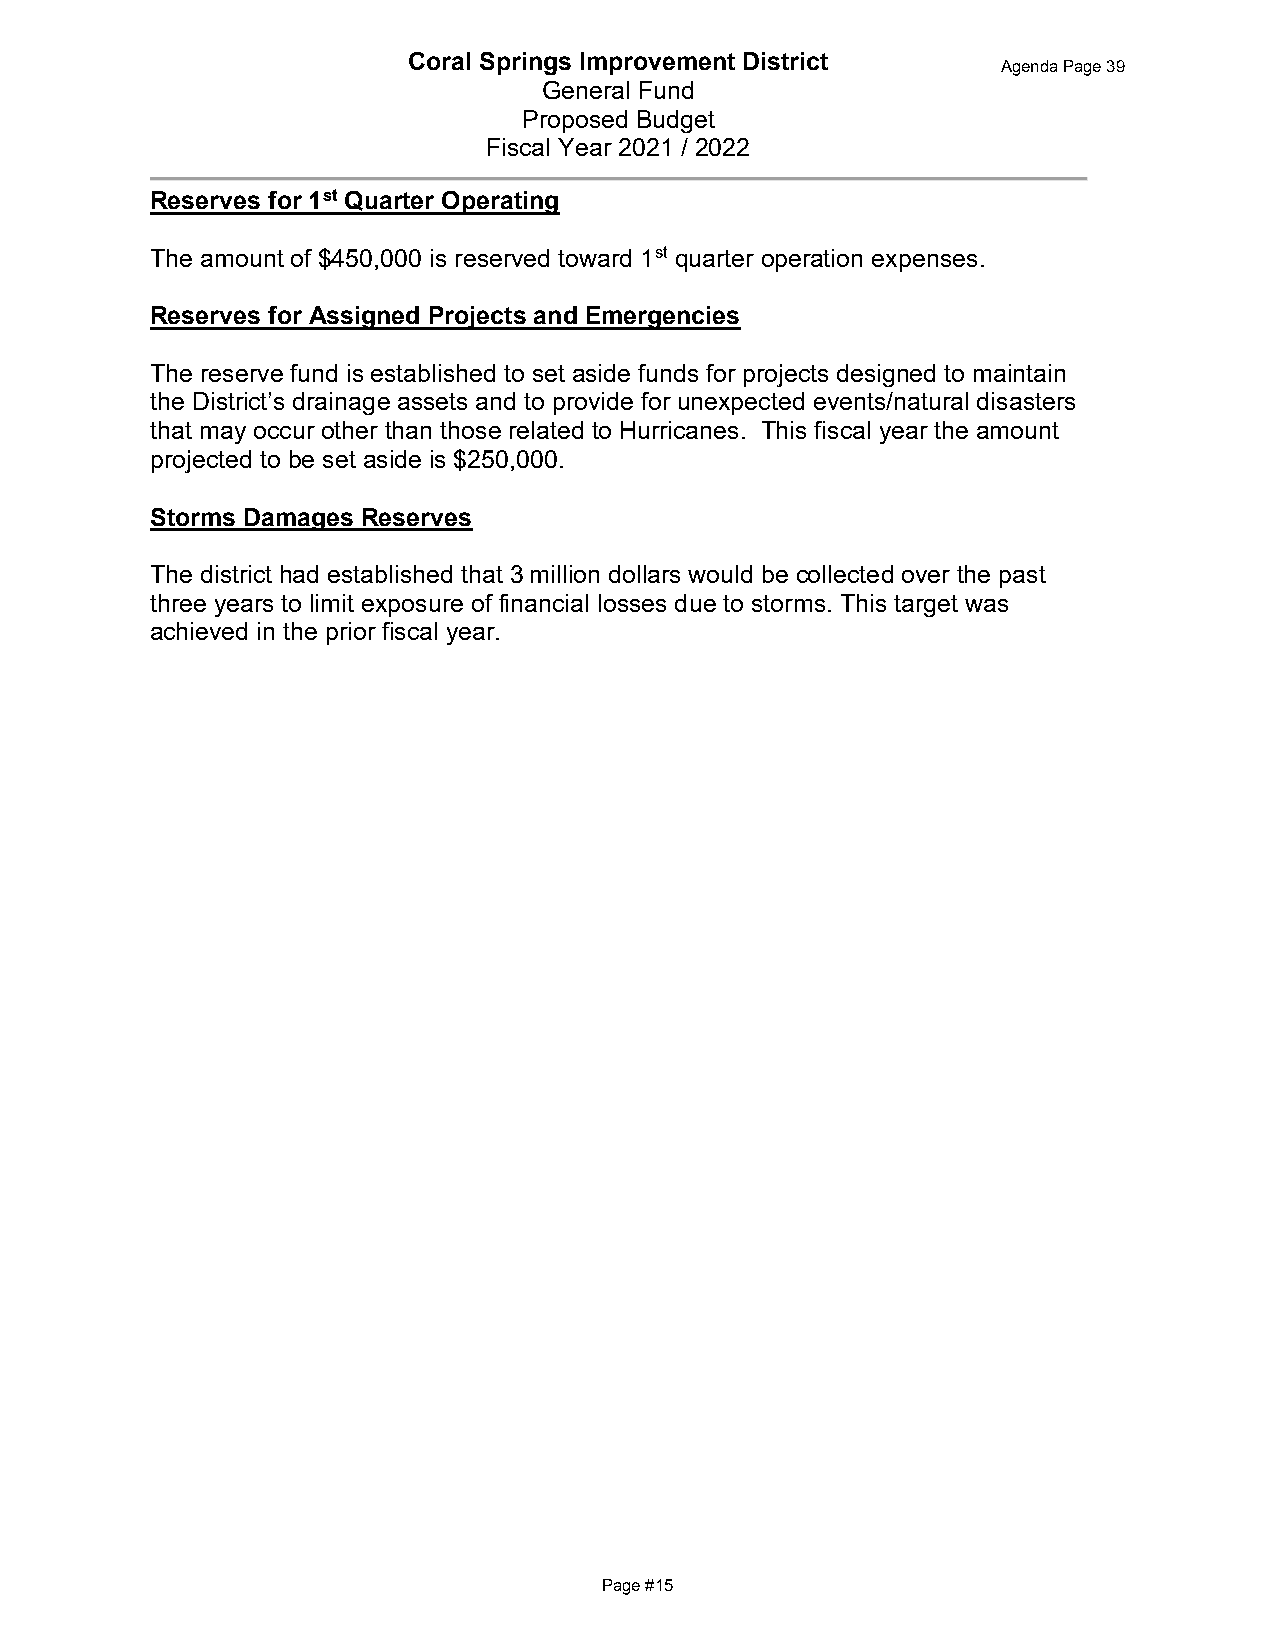
Coral Springs Improvement District
 Agenda Page 39
 General Fund
 Proposed Budget
 Fiscal Year 2021 / 2022
 Reserves for 1st Quarter Operating
 The amount of $450,000 is reserved toward 1st quarter operation expenses.
 Reserves for Assigned Projects and Emergencies
 The reserve fund is established to set aside funds for projects designed to maintain
 the District’s drainage assets and to provide for unexpected events/natural disasters
 that may occur other than those related to Hurricanes. This fiscal year the amount
 projected to be set aside is $250,000.
 Storms Damages Reserves
 The district had established that 3 million dollars would be collected over the past
 three years to limit exposure of financial losses due to storms. This target was
 achieved in the prior fiscal year.
 Page #15